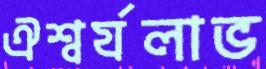
ঐশ্বর্যলাভ